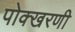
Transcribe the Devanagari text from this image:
पोक्खरणी